Calcutta medical institutions reports 1892-1900
Year: 1892
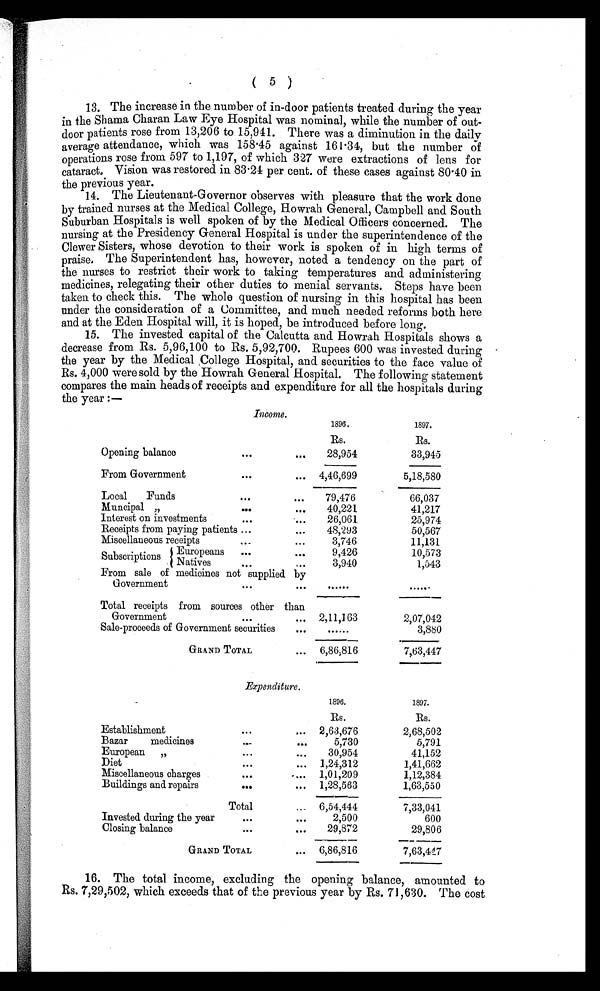
( 5 )
13. The increase in the number of in-door patients treated during the year
in the Shama Charan Law Eye Hospital was nominal, while the number of out-
door patients rose from 13,206 to 15,941. There was a diminution in the daily
average attendance, which was 158.45 against 161.34, but the number of
operations rose from 597 to 1,197, of which 327 were extractions of lens for
cataract. Vision was restored in 83.24 per cent. of these cases against 80.40 in
the previous year.
14. The Lieutenant-Governor observes with pleasure that the work done
by trained nurses at the Medical College, Howrah General, Campbell and South
Suburban Hospitals is well spoken of by the Medical Officers concerned. The
nursing at the Presidency General Hospital is under the superintendence of the
Clewer Sisters, whose devotion to their work is spoken of in high terms of
praise. The Superintendent has, however, noted a tendency on the part of
the nurses to restrict their work to taking temperatures and administering
medicines, relegating their other duties to menial servants. Steps have been
taken to check this. The whole question of nursing in this hospital has been
under the consideration of a Committee, and much needed reforms both here
and at the Eden Hospital will, it is hoped, be introduced before long.
15. The invested capital of the Calcutta and Howrah Hospitals shows a
decrease from Rs. 5,96,100 to Rs. 5,92,700. Rupees 600 was invested during
the year by the Medical College Hospital, and securities to the face value of
Rs. 4,000 were sold by the Howrah General Hospital. The following statement
compares the main heads of receipts and expenditure for all the hospitals during
the year:—
Income.
1896.
1897.
Rs.
Rs.
Opening balance
...
. . .
28,954
33,945
From Government
...
... 4,46,699
5,18,580
Local Funds
...
. . . 79,476
66,037
Muncipal „
...
...
40,221
41,217
Interest on investments
...
...
26,061
25,974
Receipts from paying patients ...
...
48,293
50,567
Miscellaneous receipts
. . .
...
3,746
11,131
Subscriptions Europeans ...
. . .
9,426
10,573
Natives
. . .
...
3,940
1,543
From sale of medicines not supplied by
Government
. . .
...
......
......
Total receipts from sources other than
Government
. . .
... 2,11,163
2,07,042
Sale-proceeds of Government securities
...
......
3,880
GRAND TOTAL
... 6,86,816
7,63,447
Expenditure.
1896.
1897.
Rs.
Rs.
Establishment
...
... 2,63,676
2,68,502
Bazar medicines
. . .
. . .
5,730
5,791
European „
...
...
30,954
41,152
Diet
...
... 1,24,312
1,41,662
Miscellaneous charges
...
... 1,01,209
1,12,384
Buildings and repairs
. . .
... 1,28,563
1,63,550
Total
... 6,54,444
7,33,041
Invested during the year
...
...
2,500
600
Closing balance
. . .
...
29,872
29,806
GRAND TOTAL
... 6,86,816
7,63,447
16. The total income, excluding the opening balance, amounted to
Rs. 7,29,502, which exceeds that of the previous year by Rs. 71,630. The cost